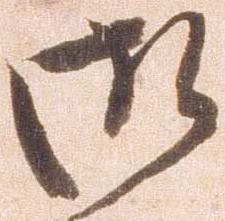
御